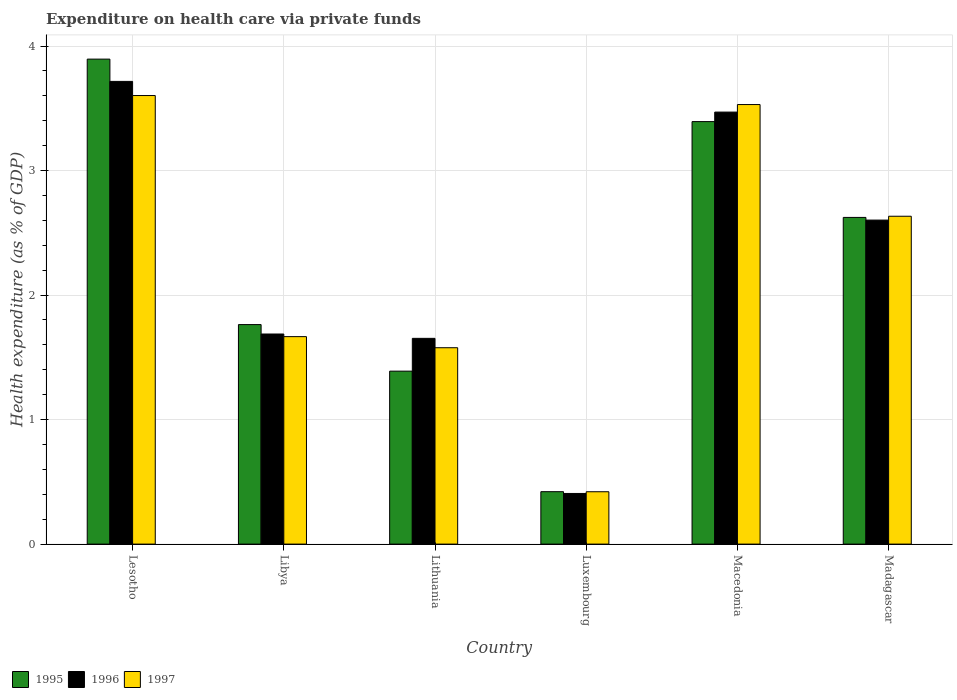
| Country | 1995 | 1996 | 1997 |
 | --- | --- | --- | --- |
 | Lesotho | 3.89 | 3.72 | 3.6 |
 | Libya | 1.76 | 1.69 | 1.67 |
 | Lithuania | 1.39 | 1.65 | 1.58 |
 | Luxembourg | 0.421 | 0.407 | 0.42 |
 | Macedonia | 3.39 | 3.47 | 3.53 |
 | Madagascar | 2.62 | 2.6 | 2.63 |